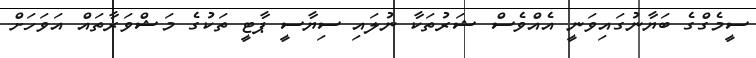
ސީމެގްގެ ބަޔާނުގައިވަނީ އެއްވެސް ޝަރުތަކާ ނުލައި ސިޔާސީ ޕާޓީ ތަކުގެ މަޝްވަރާތައް އަވަހަށް